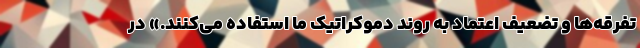
تفرقه‌ها و تضعیف اعتماد به روند دموکراتیک ما استفاده می‌کنند.» در